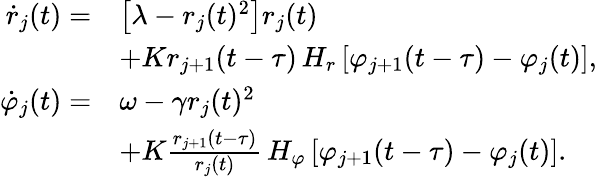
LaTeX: \begin{array}{rl}{\dot{r}_{j}(t)=}&{\left[\lambda-r_{j}(t)^{2}\right]r_{j}(t)}\\ &{+Kr_{j+1}(t-\tau)\, H_{r}\left[\varphi_{j+1}(t-\tau)-\varphi_{j}(t)\right],}\\ {\dot{\varphi}_{j}(t)=}&{\omega-\gamma r_{j}(t)^{2}}\\ &{+K\frac{r_{j+1}(t-\tau)}{r_{j}(t)}\, H_{\varphi}\left[\varphi_{j+1}(t-\tau)-\varphi_{j}(t)\right].}\end{array}